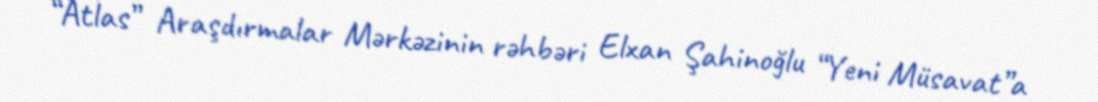
“Atlas” Araşdırmalar Mərkəzinin rəhbəri Elxan Şahinoğlu “Yeni Müsavat”a